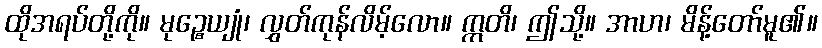
ထိုအရပ်တို့ကို။ မုဉ္စေယျုံ၊ လွှတ်ကုန်လိမ့်လော။ ဣတိ၊ ဤသို့။ အာဟ၊ မိန့်တော်မူ၏။